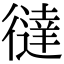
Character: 㣵